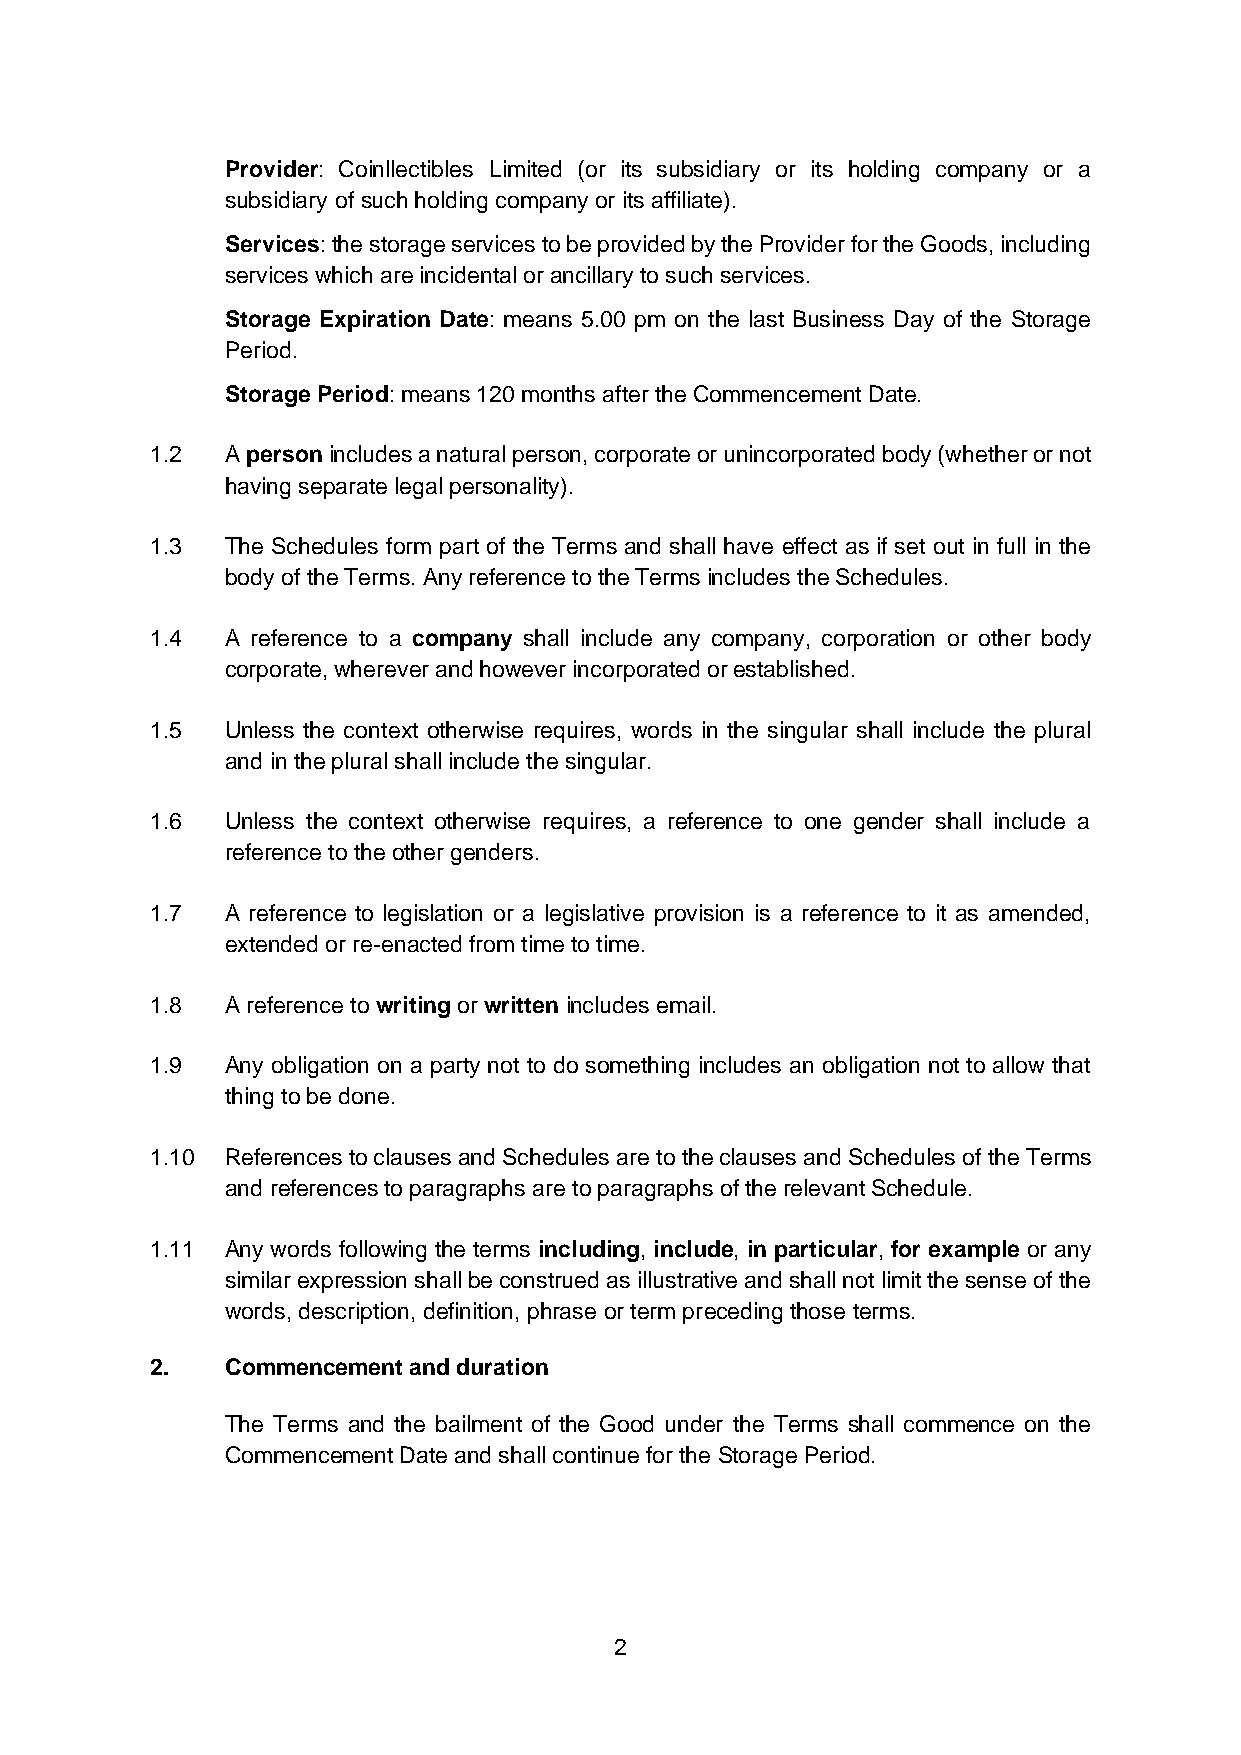
Provider: Coinllectibles Limited (or its subsidiary or its holding company or a
 subsidiary of such holding company or its affiliate).
 Services: the storage services to be provided by the Provider for the Goods, including
 services which are incidental or ancillary to such services.
 Storage Expiration Date: means 5.00 pm on the last Business Day of the Storage
 Period.
 Storage Period: means 120 months after the Commencement Date.
 1.2  A person includes a natural person, corporate or unincorporated body (whether or not
 having separate legal personality).
 1.3  The Schedules form part of the Terms and shall have effect as if set out in full in the
 body of the Terms. Any reference to the Terms includes the Schedules.
 1.4  A reference to a company shall include any company, corporation or other body
 corporate, wherever and however incorporated or established.
 1.5  Unless the context otherwise requires, words in the singular shall include the plural
 and in the plural shall include the singular.
 1.6  Unless the context otherwise requires, a reference to one gender shall include a
 reference to the other genders.
 1.7  A reference to legislation or a legislative provision is a reference to it as amended,
 extended or re-enacted from time to time.
 1.8  A reference to writing or written includes email.
 1.9  Any obligation on a party not to do something includes an obligation not to allow that
 thing to be done.
 1.10 References to clauses and Schedules are to the clauses and Schedules of the Terms
 and references to paragraphs are to paragraphs of the relevant Schedule.
 1.11 Any words following the terms including, include, in particular, for example or any
 similar expression shall be construed as illustrative and shall not limit the sense of the
 words, description, definition, phrase or term preceding those terms.
 2.   Commencement and duration
 The Terms and the bailment of the Good under the Terms shall commence on the
 Commencement Date and shall continue for the Storage Period.
 2